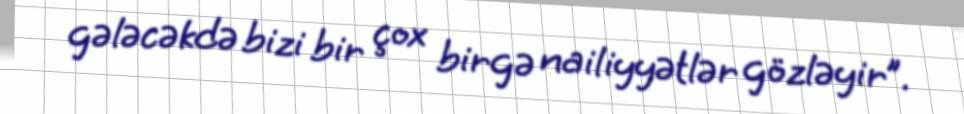
gələcəkdə bizi bir çox birgə nailiyyətlər gözləyir”.